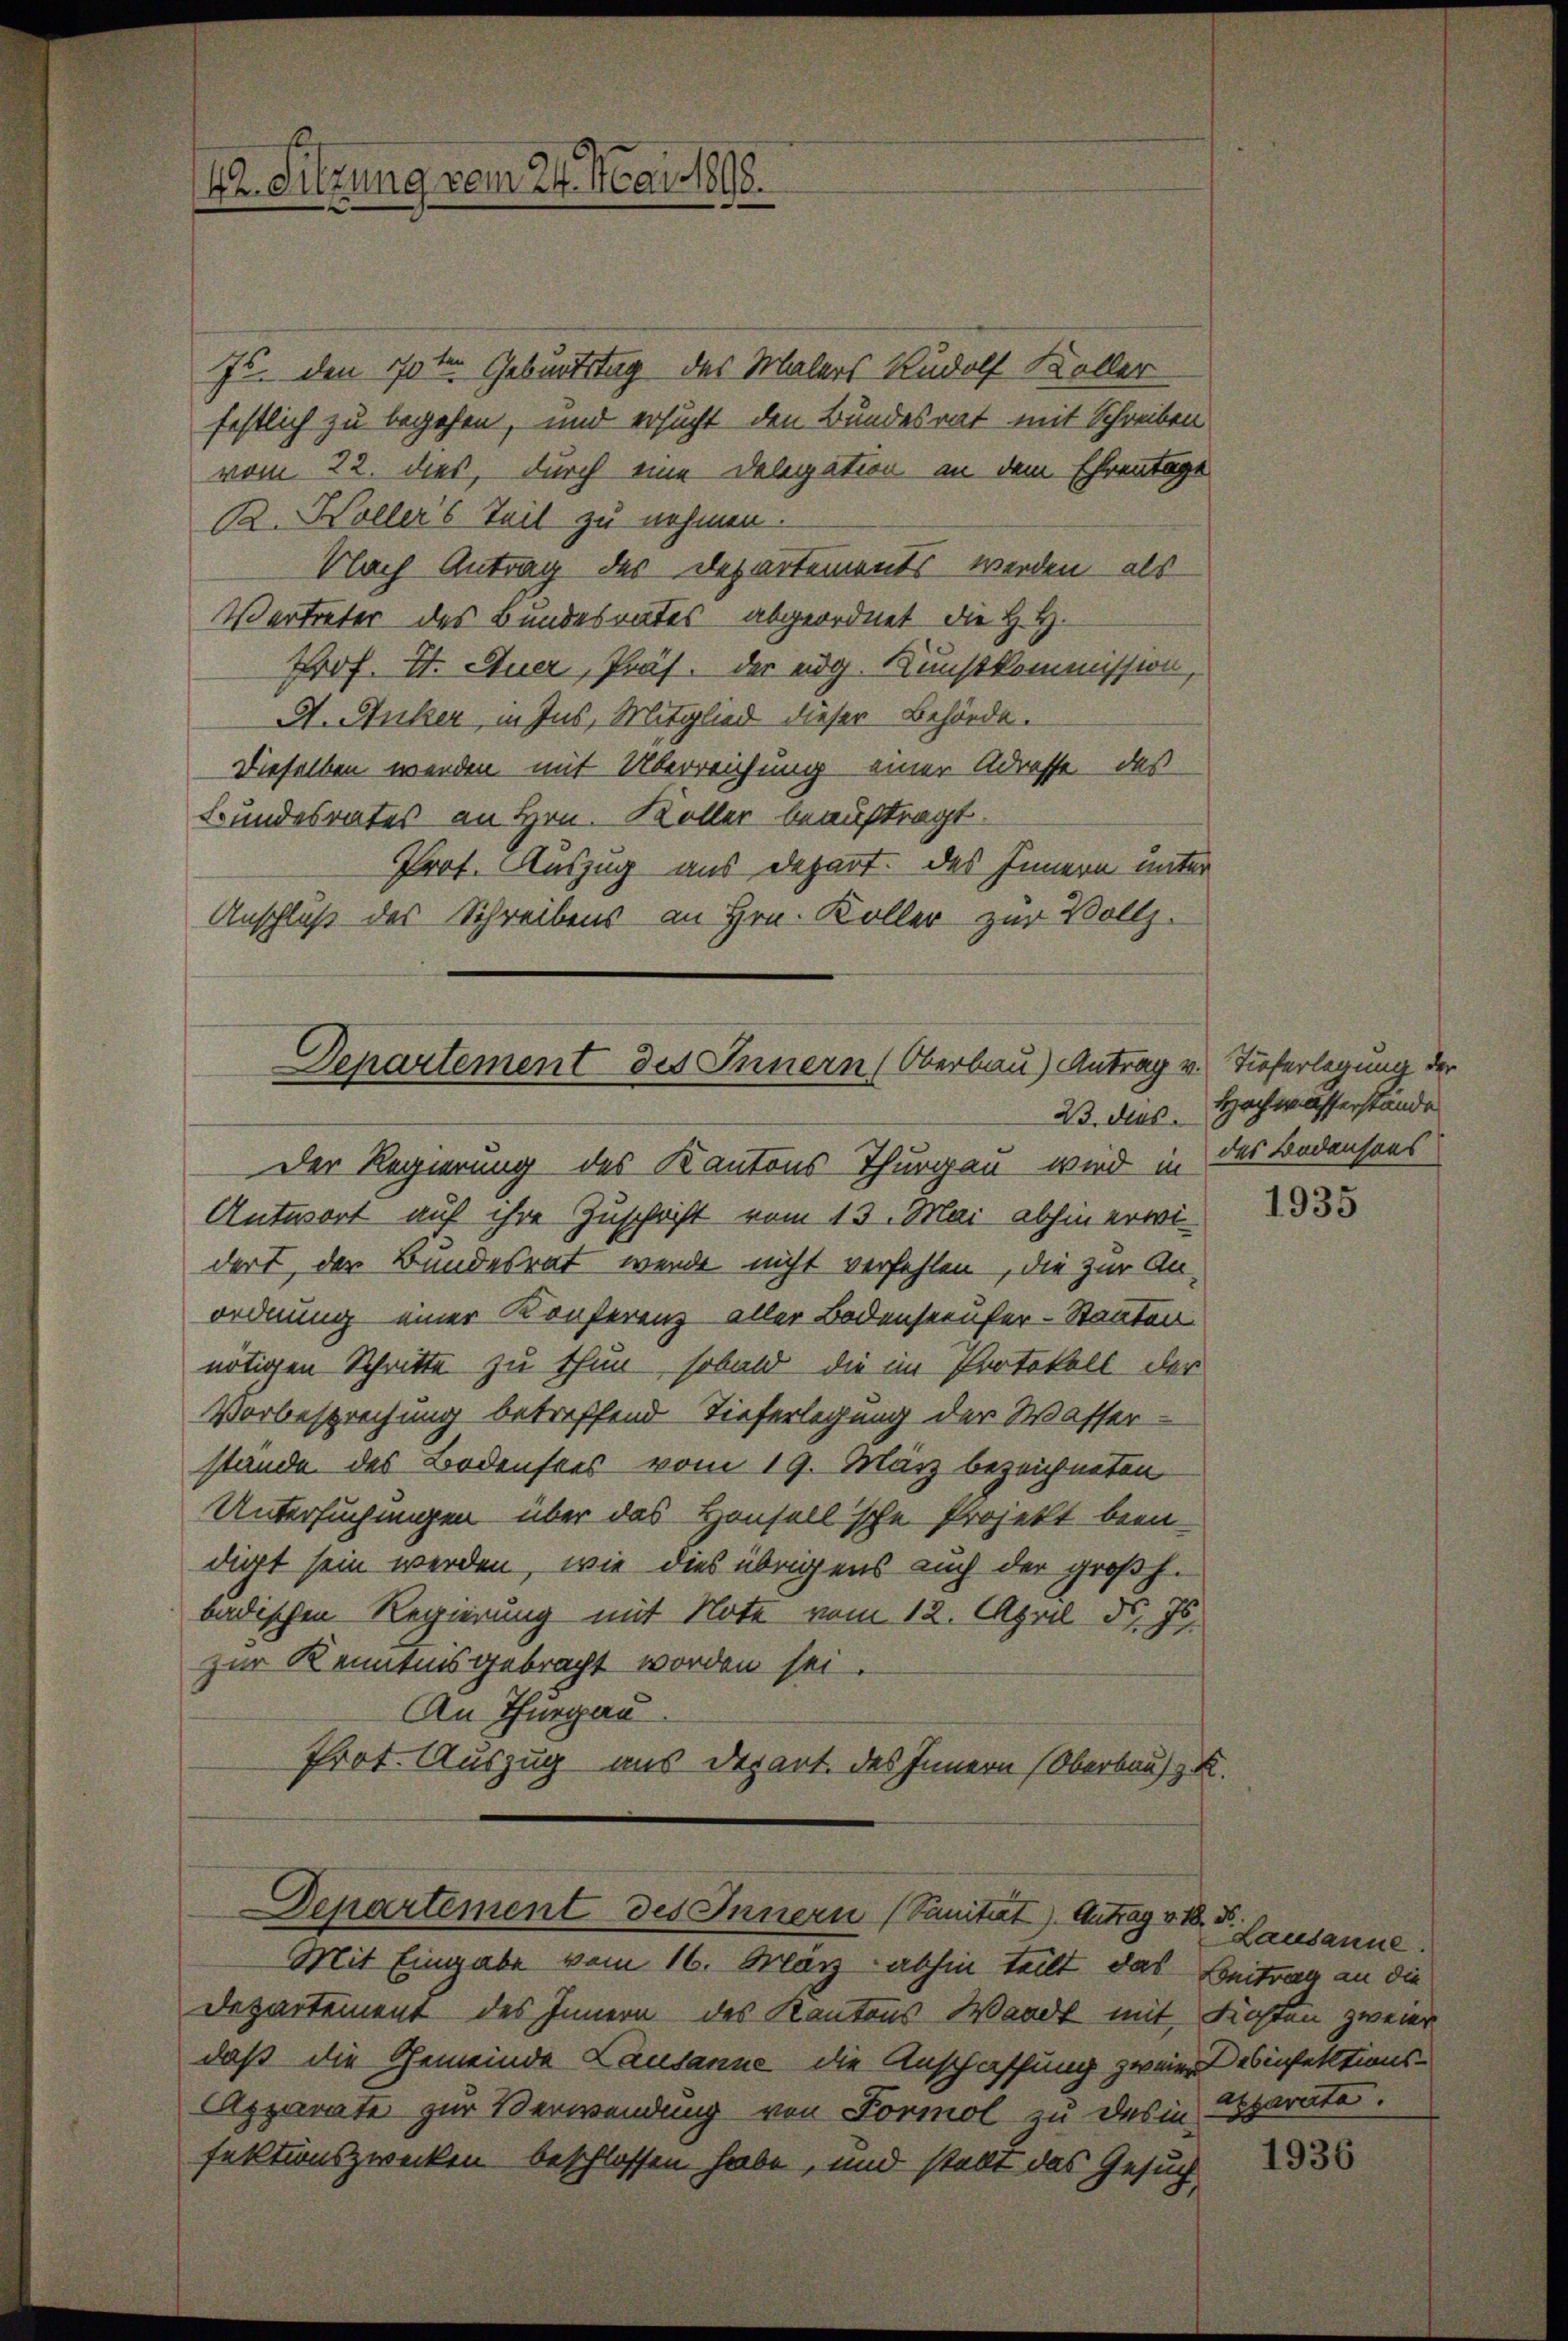
Js. den 10ten Geburtstag des Malers Rudolf Koller
festlich zu begehen, und ersucht den Bundesrat mit Schreiben
vom 22. dies, durch eine Delegation in dem Ehrentage
B. Woller's Teil zu nehmen.
Nach Antrag des Departements werden, als
Vertreter des Bundesrates abgeordnet die H. H.
Prof. II. Stuer, Präs. der eidg. Kunstkommission
A. Sulzer, in Ins, Mitglied dieser Behörde.
Dieselben werden mit Überreichung einer Adresse, das
Bundesrates an Hrn. Koller beauftragt.
Prof. Auszug aus Depart. des Innern unter
Anschluß des Schreibens an Hrn. Koller zur Vollz

42. Sitzung vom 24. Mai 1898.

Departement des Innern (Oberbau) Antrag
Der Regierung des Kantons Thurgen wird in des Bodensens

Antwort auf ihre Zuschrift vom 13. Mai abhin erwidert, der Bundesrat werde nicht verfehlen, die zur Anordnung einer Konferenz aller Bodenseeufer-Stanten
nötigen Schritte zu thun, sobald die im Protokoll der
Vorbesprechung betreffend Tieferlegung der Wasser
stande des Bodenstes vom 19. März bezeichneten
Untersuchungen über das Housellsche Projekt been
dirt sein werden, wie dies übrigens auch der großh.
badischen Regierung mit Note vom 12. April d. Js.
zur Kenntnis gebracht worden sei.
An Thurgau
Prot. Auszug aus Depart. des Innern (Oberbaus z. B.

Mit Eingabe vom 16. März abhin teilt, das
Departement des Innern des Kantons Waadt mit Kosten zweier
daß die Gemeinde Lausanne die Anschaffung zweier
Apparate zur Verwendung von Formol zu des in-
fektionszwecken beschlossen habe, und stellt das Gesuch

Departement des Innern (Sanität) Antrag v. 18. d.

v. Tieferlegung der
23. dies. Hochwasserstande

1935

Lausanne.
Beitrag an die
Desinfektionsapparata.

1936